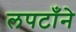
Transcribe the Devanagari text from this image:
लपटाँने